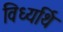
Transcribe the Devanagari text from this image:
विध्यर्थि